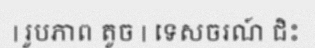
| រូបភាព តូច | ទេសចរណ៍ ជិះ